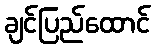
ချင်ပြည်ထောင်